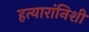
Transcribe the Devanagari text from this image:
हत्यारांनिशी